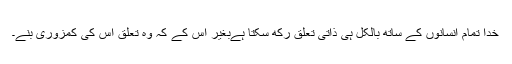
خدا تمام انسانوں کے ساتھ بالکل ہی ذاتی تعلق رکھ سکتا ہےبغیر اس کے کہ وہ تعلق اس کی کمزوری بنے۔